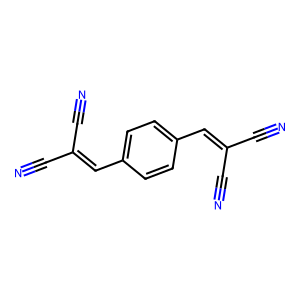
SMILES: N#CC(C#N)=Cc1ccc(C=C(C#N)C#N)cc1
Inhibits HIV replication: No